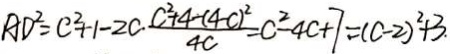
A D ^ { 2 } = C ^ { 2 } + 1 - 2 c \frac { c ^ { 2 } + 4 - ( 4 c ) ^ { 2 } } { 4 c } = c ^ { 2 } - 4 c + 7 = ( c - 2 ) ^ { 2 } + 3 .